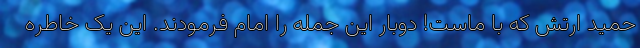
حمید ارتش که با ماست! دوبار این جمله را امام فرمودند. این یک خاطره